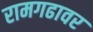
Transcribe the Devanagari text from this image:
रामगढावर